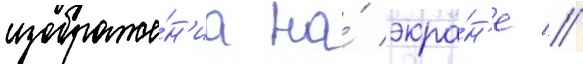
изображе́н'иа на́ экра́н'е //